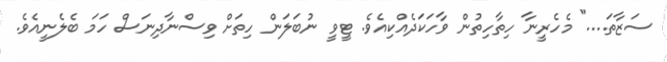
ސަޒާތަ...." މެހެރީނާ ހިތާހިތުން ވާހަކަދެއްކިއެވެ. ޓީވީ ނުބަލަން ހިތަށް ވިސްނާދިނަސް ހަމަ ބެލެނީއެވެ.